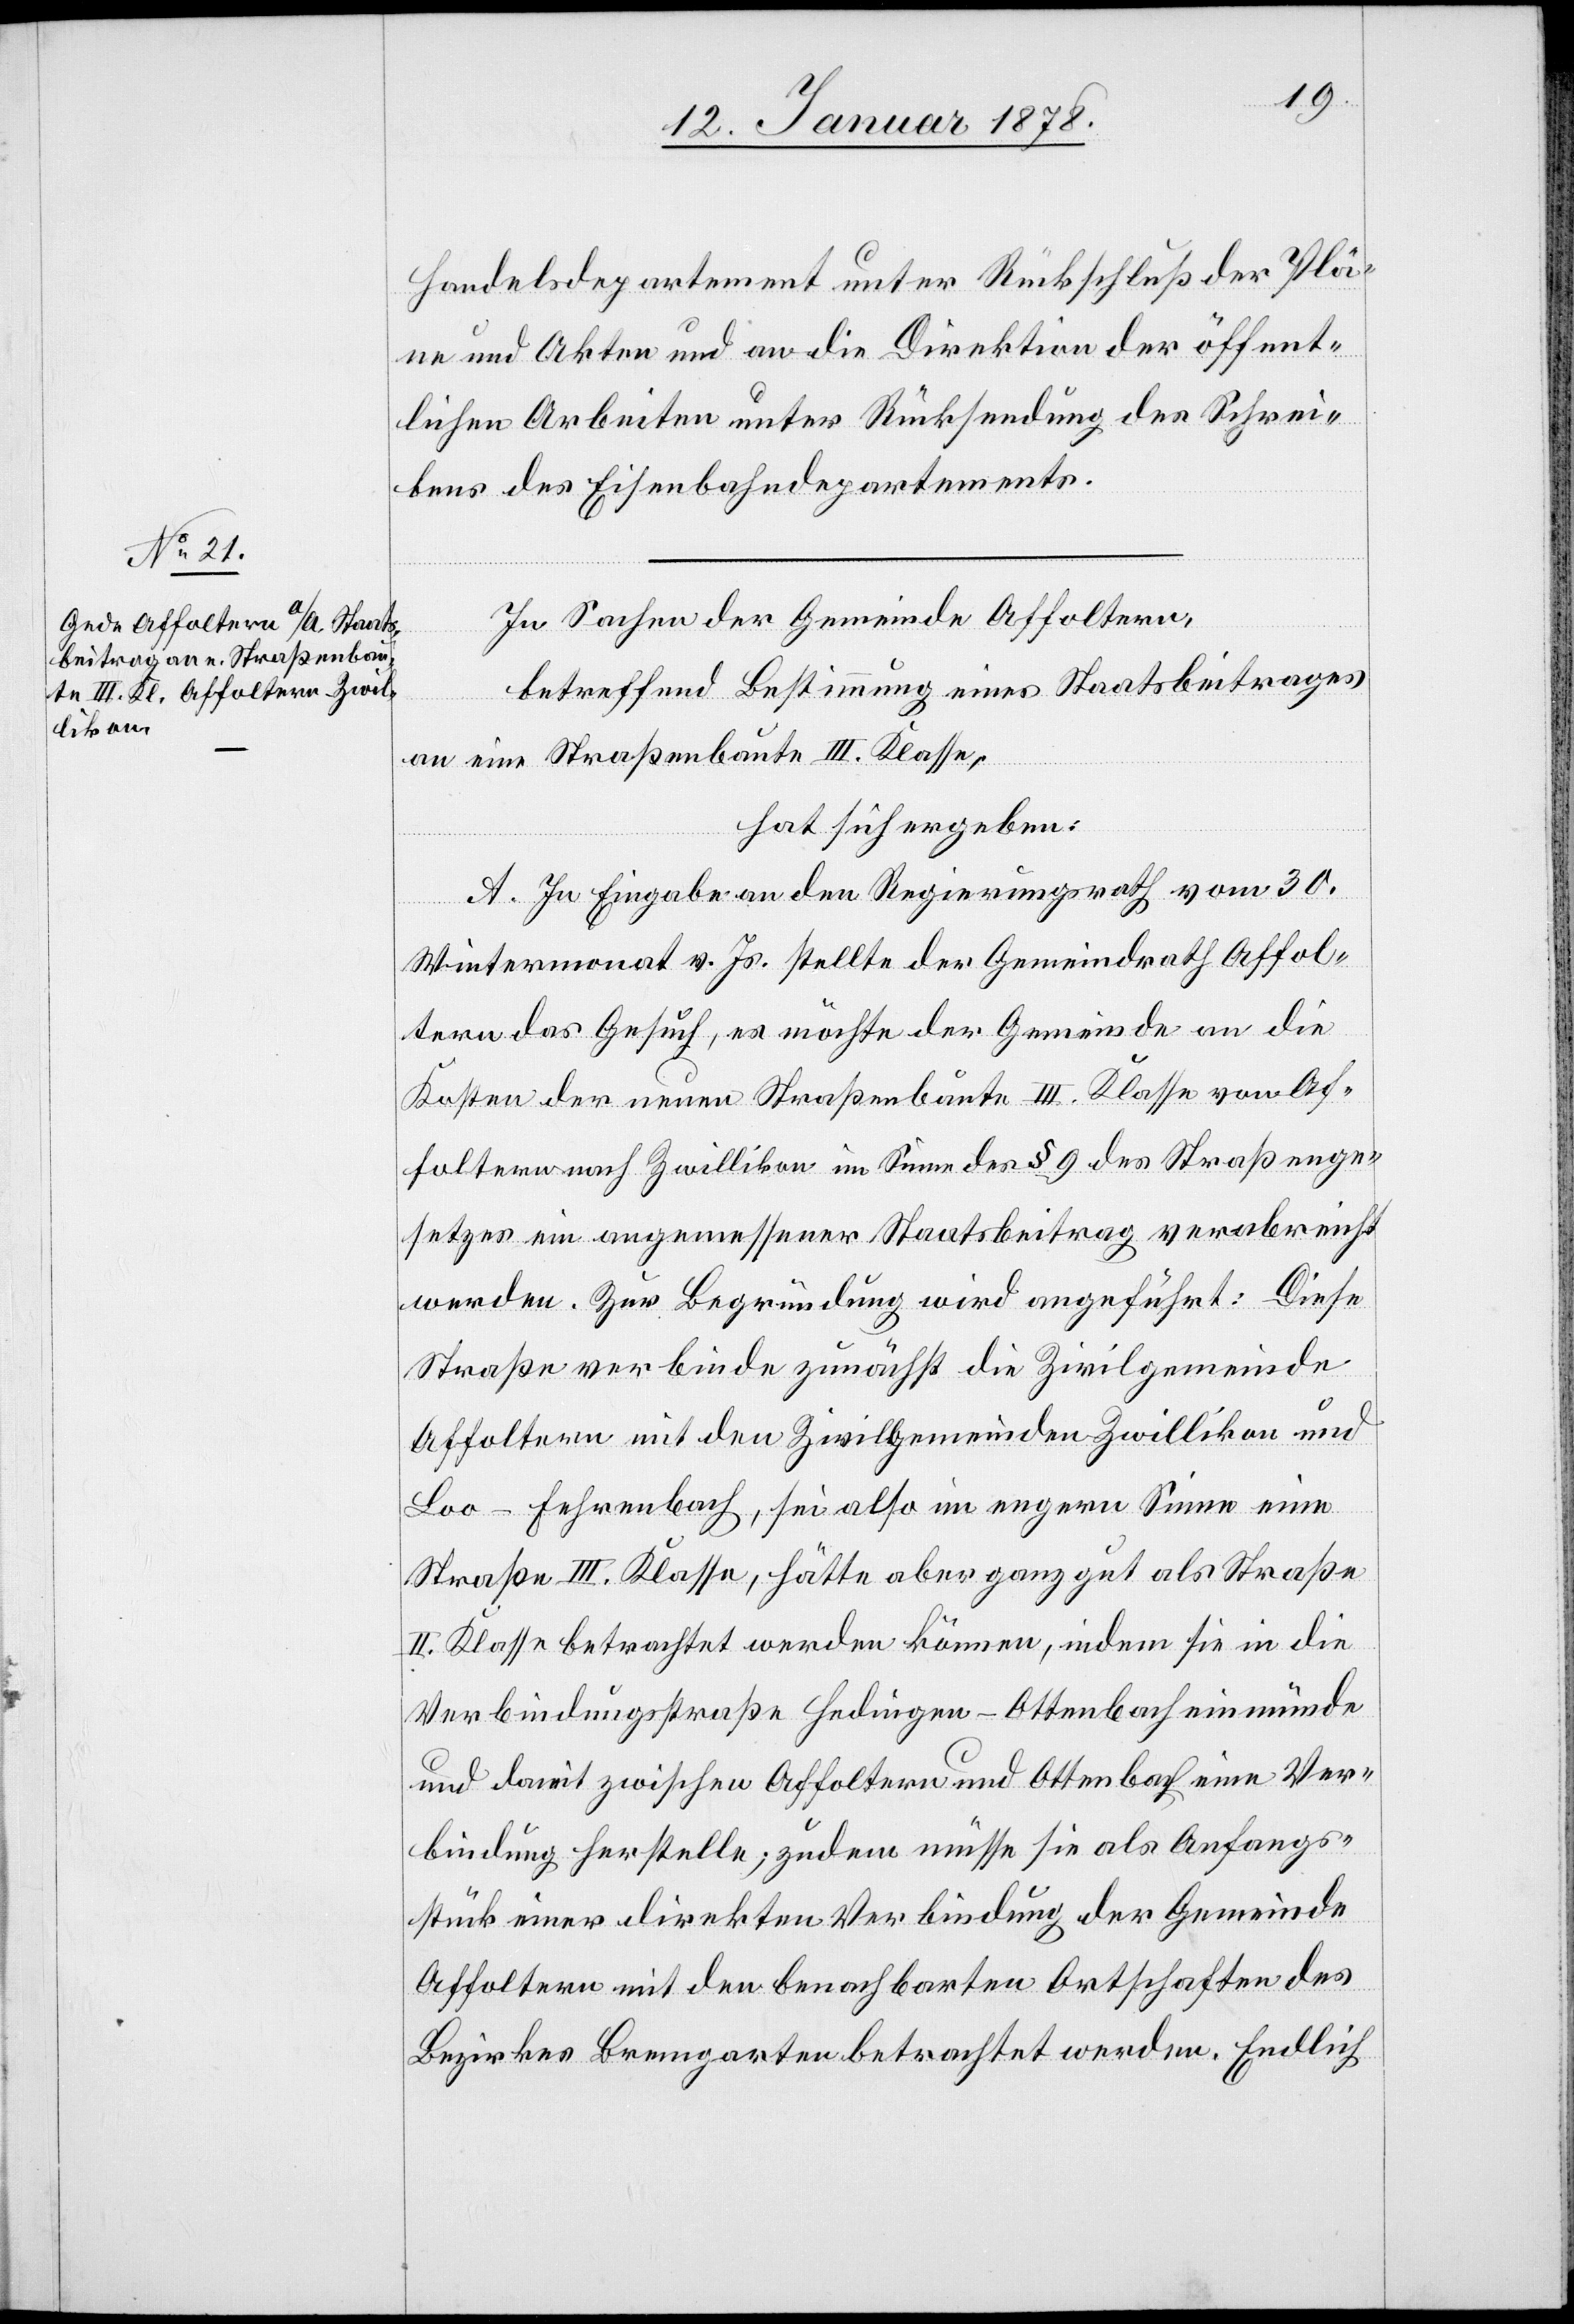
Handelsdepartement unter Rückschluß der Plä¬
ne und Akten und an die Direktion der öffent¬
lichen Arbeiten unter Rücksendung des Schrei¬
bens des Eisenbahndepartements.
In Sachen der Gemeinde Affoltern,
betreffend Bestimmung eines Staatsbeitrages
an eine Straßenbaute III Klasse,
hat sich ergeben:
A. In Eingabe an den Regierungsrath vom 30
Wintermonat v. Js. stellte der Gemeindrath Affol¬
tern das Gesuch, es möchte der Gemeinde an die
Kosten der neuen Straßenbaute III. Klasse von Af¬
foltern nach Zwillikon im Sinne des § 9 des Straßenge¬
setzes ein angemessener Staatsbeitrag verabreicht
werden. Zur Begründung wird angeführt: Diese
Straße verbinde zunächst die Zivilgemeinde
Affoltern mit den Zivilgemeinden Zwillikon und
Loo-Fehrenbach, sei also im engern Sinne eine
Straße III. Klasse, hätte aber ganz gut als Straße
II. Klasse betrachtet werden können, indem sie in die
Verbindungsstraße Hedingen–Ottenbach einmünde
und damit zwischen Affoltern und Ottenbach eine Ver¬
bindung herstelle; zudem müsse sie als Anfangs¬
stück einer direkten Verbindung der Gemeinde
Affoltern mit den benachbarten Ortschaften des
Bezirkes Bremgarten betrachtet werden. Endlich